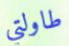
طاولتي